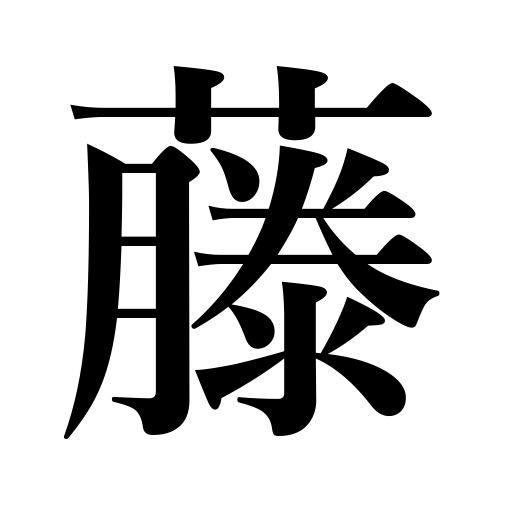
Meanings: wisteria